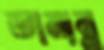
তামান্ন